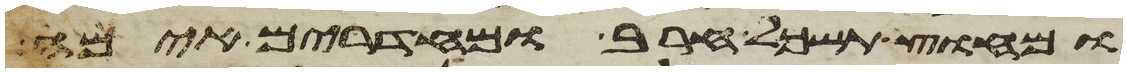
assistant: מחוץ תשכל חרב ומחדרים אימה